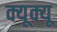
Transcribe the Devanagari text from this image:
क्यूक्यू